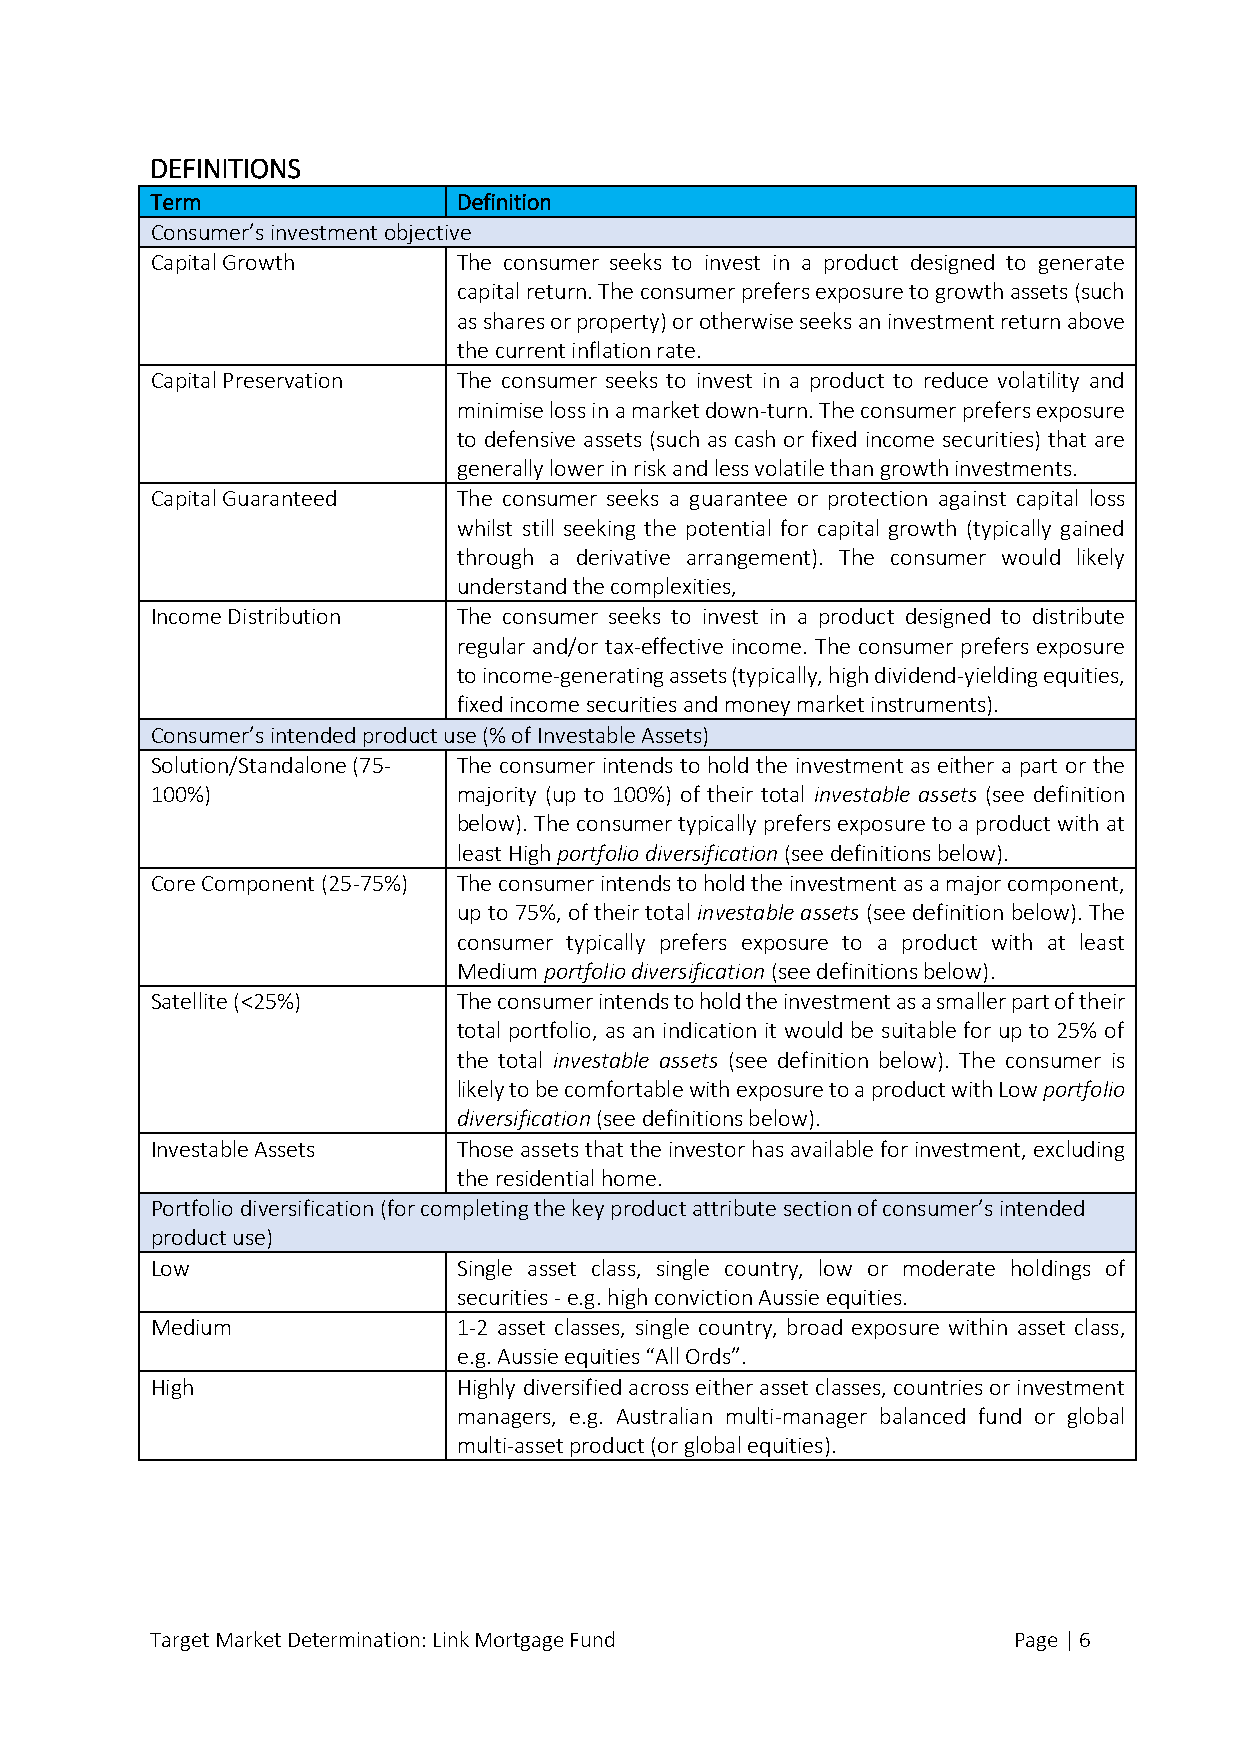
DEFINITIONS
 Term                Definition
 Consumer’s investment objective
 Capital Growth      The consumer seeks to invest in a product designed to generate
 capital return. The consumer prefers exposure to growth assets (such
 as shares or property) or otherwise seeks an investment return above
 the current inflation rate.
 Capital Preservation The consumer seeks to invest in a product to reduce volatility and
 minimise loss in a market down-turn. The consumer prefers exposure
 to defensive assets (such as cash or fixed income securities) that are
 generally lower in risk and less volatile than growth investments.
 Capital Guaranteed  The consumer seeks a guarantee or protection against capital loss
 whilst still seeking the potential for capital growth (typically gained
 through a derivative arrangement). The consumer would likely
 understand the complexities,
 Income Distribution The consumer seeks to invest in a product designed to distribute
 regular and/or tax-effective income. The consumer prefers exposure
 to income-generating assets (typically, high dividend-yielding equities,
 fixed income securities and money market instruments).
 Consumer’s intended product use (% of Investable Assets)
 Solution/Standalone (75- The consumer intends to hold the investment as either a part or the
 100%)               majority (up to 100%) of their total investable assets (see definition
 below). The consumer typically prefers exposure to a product with at
 least High portfolio diversification (see definitions below).
 Core Component (25-75%) The consumer intends to hold the investment as a major component,
 up to 75%, of their total investable assets (see definition below). The
 consumer typically prefers exposure to a product with at least
 Medium portfolio diversification (see definitions below).
 Satellite (<25%)    The consumer intends to hold the investment as a smaller part of their
 total portfolio, as an indication it would be suitable for up to 25% of
 the total investable assets (see definition below). The consumer is
 likely to be comfortable with exposure to a product with Low portfolio
 diversification (see definitions below).
 Investable Assets   Those assets that the investor has available for investment, excluding
 the residential home.
 Portfolio diversification (for completing the key product attribute section of consumer’s intended
 product use)
 Low                 Single asset class, single country, low or moderate holdings of
 securities - e.g. high conviction Aussie equities.
 Medium              1-2 asset classes, single country, broad exposure within asset class,
 e.g. Aussie equities “All Ords”.
 High                Highly diversified across either asset classes, countries or investment
 managers, e.g. Australian multi-manager balanced fund or global
 multi-asset product (or global equities).
 Target Market Determination: Link Mortgage Fund          Page | 6